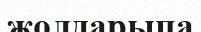
жолдарыпа